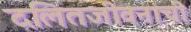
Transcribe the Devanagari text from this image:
दलितजीवनाची